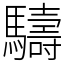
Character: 䮻